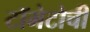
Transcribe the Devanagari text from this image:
टॉमेटोची